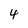
Character: 4